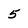
Character: 5